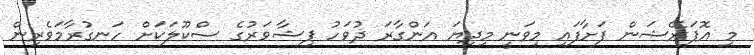
މި އޮޕަރޭޝަން ފަށާފައި މިވަނީ މިދިޔަ އަންގާރަ ދުވަހު ޕިޝާވަރުގެ ސްކޫލަކަށް ހަނގުރާމަވެރިން